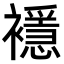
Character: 𧞎